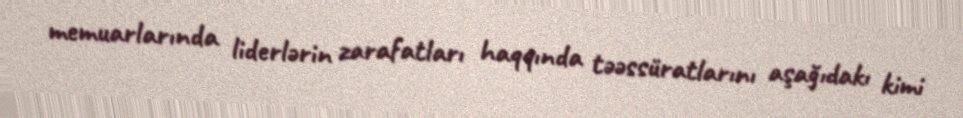
memuarlarında liderlərin zarafatları haqqında təəssüratlarını aşağıdakı kimi